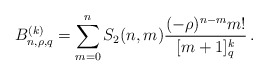
\begin{align*} B_{n,\rho,q}^{(k)}=\sum_{m=0}^n S_2(n,m)\frac{(-\rho)^{n-m}m!}{[m+1]_q^k}\,. \end{align*}